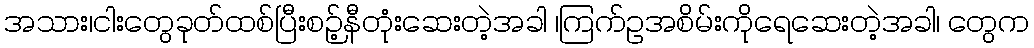
အသား၊ငါးတွေခုတ်ထစ်ပြီးစဉ့်နီတုံးဆေးတဲ့အခါ ၊ကြက်ဥအစိမ်းကိုရေဆေးတဲ့အခါ၊ တွေက